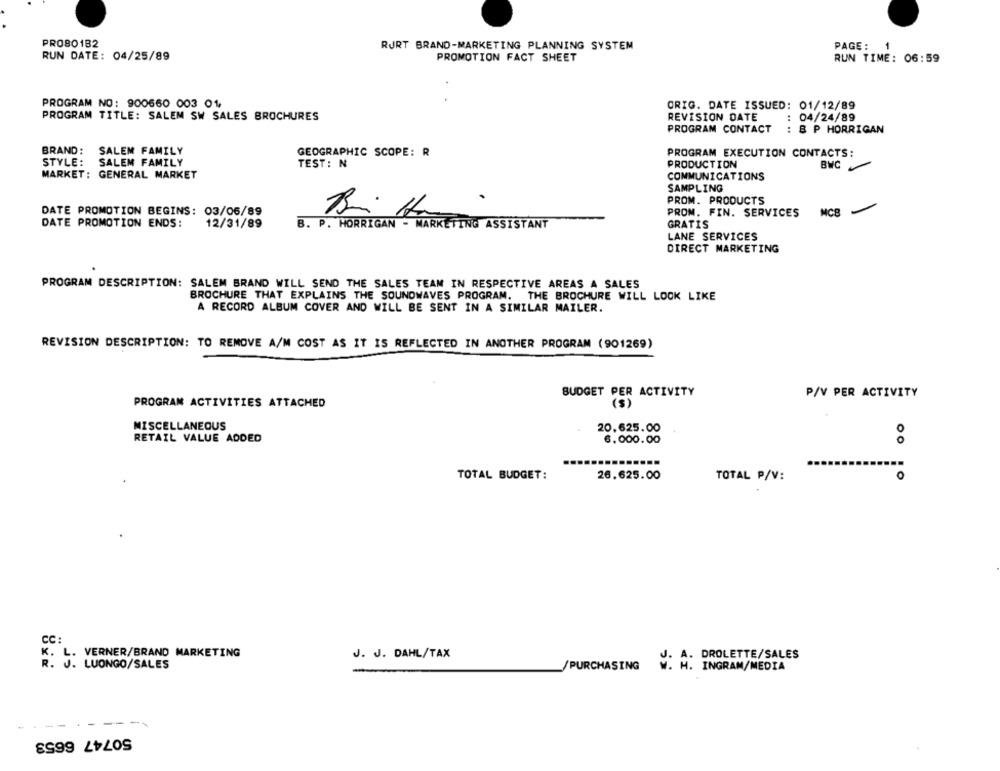
PROBO182
RURT BRAND-MARKETING PLANNING SYSTEM
PAGE :
1
RUN DATE: 04/25/89
PROMOTION FACT SHEET
RUN TIME: 06:59
PROGRAM NO: 900660 003 01,
ORIG. DATE ISSUED: 01/12/89
PROGRAM TITLE: SALEM SW SALES BROCHURES
REVISION DATE
: 04/24/89
PROGRAM CONTACT
: B P HORRIGAN
BRAND:
SALEM FAMILY
GEOGRAPHIC SCOPE: R
PROGRAM EXECUTION CONTACTS:
STYLE: SALEM FAMILY
TEST: N
PRODUCTION
BWC
MARKET: GENERAL MARKET
COMMUNICATIONS
SAMPLING
PROM. PRODUCTS
DATE PROMOTION BEGINS: 03/06/89
Bi Ha
PROM. FIN. SERVICES
MCB
DATE PROMOTION ENDS:
GRATIS
12/31/89
B. P. HORRIGAN - MARKETING ASSISTANT
LANE SERVICES
DIRECT MARKETING
PROGRAM DESCRIPTION: SALEM BRAND WILL SEND THE SALES TEAM IN RESPECTIVE AREAS A SALES
BROCHURE THAT EXPLAINS THE SOUNDWAVES PROGRAM. THE BROCHURE WILL LOOK LIKE
A RECORD ALBUM COVER AND WILL BE SENT IN A SIMILAR MAILER.
REVISION DESCRIPTION: TO REMOVE A/M COST AS IT IS REFLECTED IN ANOTHER PROGRAM (901269)
BUDGET PER ACTIVITY
P/V PER ACTIVITY
PROGRAM ACTIVITIES ATTACHED
(S)
MISCELLANEOUS
20,625.00
RETAIL VALUE ADDED
6.000.00
TOTAL BUDGET:
26.625.00
TOTAL P/V:
0
CC :
K. L. VERNER/BRAND MARKETING
J. J. DAHL/TAX
DROLETTE/SALES
K. L.
R. J. LUONGO/SALES
/PURCHASING
M: A. INGRAM/MEDIA
50747 6653